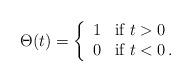
LaTeX: \begin{align*}\Theta(t)=\left\{ \begin{array}{ll} 1 & \mbox{if $t>0$}\\ 0 & \mbox{if $t<0$}\,.\end{array}\right.\end{align*}